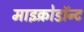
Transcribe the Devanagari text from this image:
माइक्रोडॉन्ट